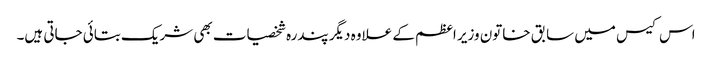
اس کیس میں سابق خاتون وزیر اعظم کے علاوہ دیگر پندرہ شخصیات بھی شریک بتائی جاتی ہیں۔